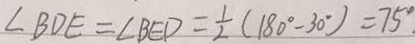
\angle B D E = \angle B E D = \frac { 1 } { 2 } ( 1 8 0 ^ { \circ } - 3 0 ^ { \circ } ) = 7 5 ^ { \circ } _ { \cdot }